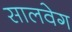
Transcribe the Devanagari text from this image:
सालवेग